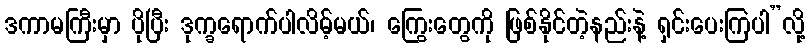
ဒကာမကြီးမှာ ပိုပြီး ဒုက္ခရောက်ပါလိမ့်မယ်၊ ကြွေးတွေကို ဖြစ်နိုင်တဲ့နည်းနဲ့ ရှင်းပေးကြပါ”လို့